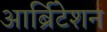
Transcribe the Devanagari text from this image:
आर्ब्रिटेशन